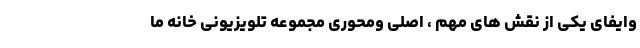
وایفای یکی از نقش های مهم ، اصلی ومحوری مجموعه تلویزیونی خانه ما